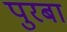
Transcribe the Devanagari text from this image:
पुरबा